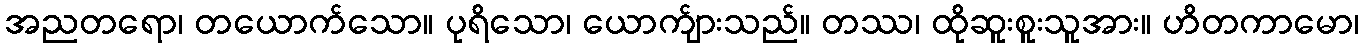
အညတရော၊ တယောက်သော။ ပုရိသော၊ ယောက်ျားသည်။ တဿ၊ ထိုဆူးစူးသူအား။ ဟိတကာမော၊